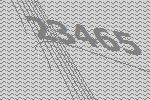
23465